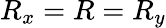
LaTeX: R_{x}=R=R_{y}